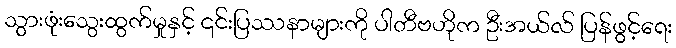
သွားဖုံးသွေးထွက်မှုနှင့် ၎င်းပြဿနာများကို ပါတီဗဟိုက ဦးအယ်လ် ပြန်ဖွင့်ရေး